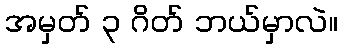
အမှတ် ၃ ဂိတ် ဘယ်မှာလဲ။